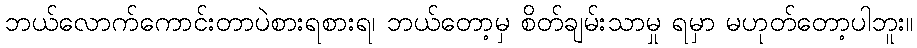
ဘယ်လောက်ကောင်းတာပဲစားရစားရ၊ ဘယ်တော့မှ စိတ်ချမ်းသာမှု ရမှာ မဟုတ်တော့ပါဘူး။